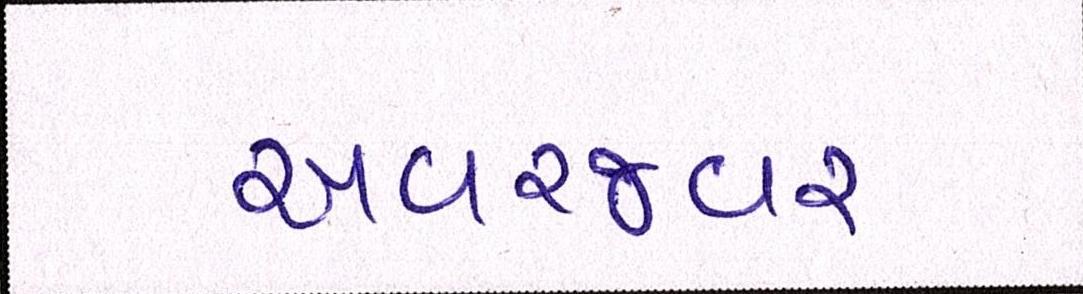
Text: અવરજવર